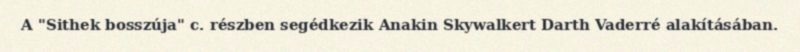
A "Sithek bosszúja" c. részben segédkezik Anakin Skywalkert Darth Vaderré alakításában.